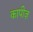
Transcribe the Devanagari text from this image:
कापीज़